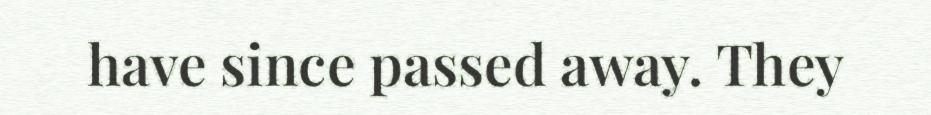
have since passed away. They